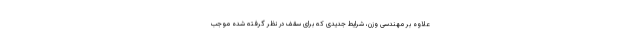
علاوه بر مهندسی وزن، شرایط جدیدی که برای سقف در نظر گرفته شده موجب